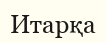
Итарқа